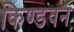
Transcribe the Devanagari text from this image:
किण्डवन